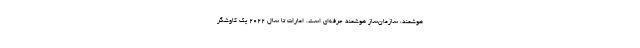
هوشمند، سازمان‌ساز هوشمند حرفه‌ای است. امارات تا سال ۲۰۲۲ یک کاوشگر